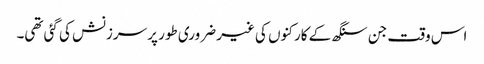
اس وقت جن سنگھ کے کارکنوں کی غیر ضروری طور پر سرزنش کی گئی تھی۔